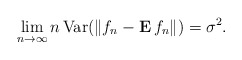
\begin{align*}\lim_{n\rightarrow \infty }n\,\mbox{{\rm Var}}(\Vert f_{n}-{\bf E\,}f_{n}\Vert )=\sigma ^{2}. \end{align*}